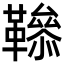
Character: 𩍑